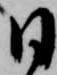
日